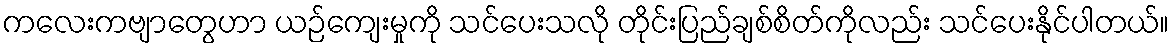
ကလေးကဗျာတွေဟာ ယဉ်ကျေးမှုကို သင်ပေးသလို တိုင်းပြည်ချစ်စိတ်ကိုလည်း သင်ပေးနိုင်ပါတယ်။